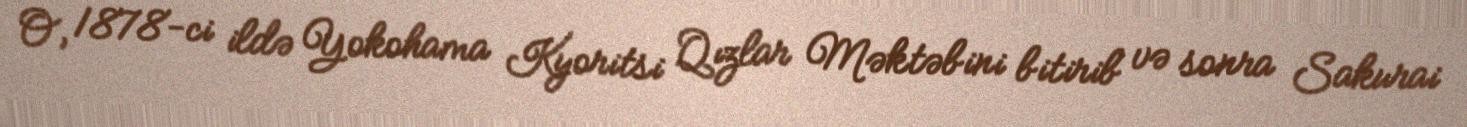
O, 1878-ci ildə Yokohama Kyoritsi Qızlar Məktəbini bitirib və sonra Sakurai